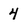
Character: 4